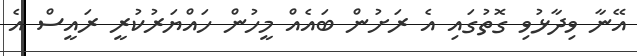
އޭނާ ވިދާޅުވި ގޮތުގައި އެ ރަށުން ބައެއް މީހުން ހައްޔަރުކުރީ ރައީސް އެ